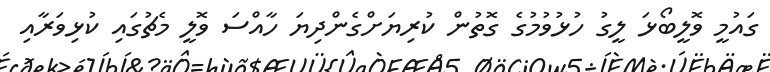
ގައުމީ ވޮލީބޯޅަ ލީގު ހުޅުވުމުގެ ގޮތުން ކުރިޔަށްގެންދިޔަ ހާއްސަ ވޮލީ މެޗުގައި ކުޅިވަރާއި